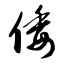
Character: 倭